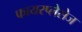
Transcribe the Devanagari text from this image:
फायरप्लेसेज